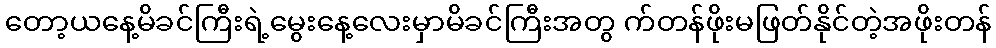
တော့ယနေ့မိခင်ကြီးရဲ့မွေးနေ့လေးမှာမိခင်ကြီးအတွ က်တန်ဖိုးမဖြတ်နိုင်တဲ့အဖိုးတန်